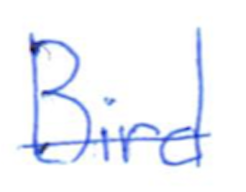
Text: Bird
Cross-out: single-line
Writing tool: ballpoint